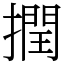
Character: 撋